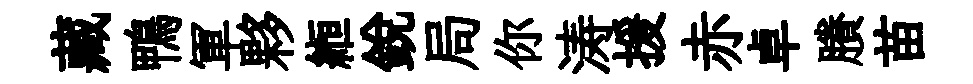
藏鴨軍夥縆銳局你涛援赤卓賸苗